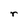
Character: r